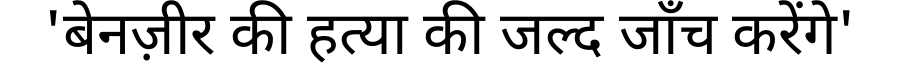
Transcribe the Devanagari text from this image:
'बेनज़ीर की हत्या की जल्द जाँच करेंगे'